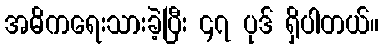
အဓိကရေးသားခဲ့ပြီး ၄၇ ပုဒ် ရှိပါတယ်။